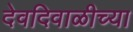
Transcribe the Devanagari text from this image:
देवदिवाळीच्या